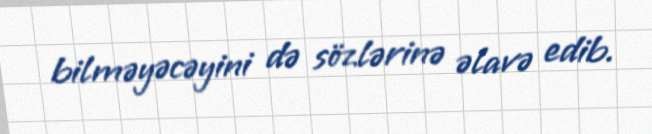
bilməyəcəyini də sözlərinə əlavə edib.